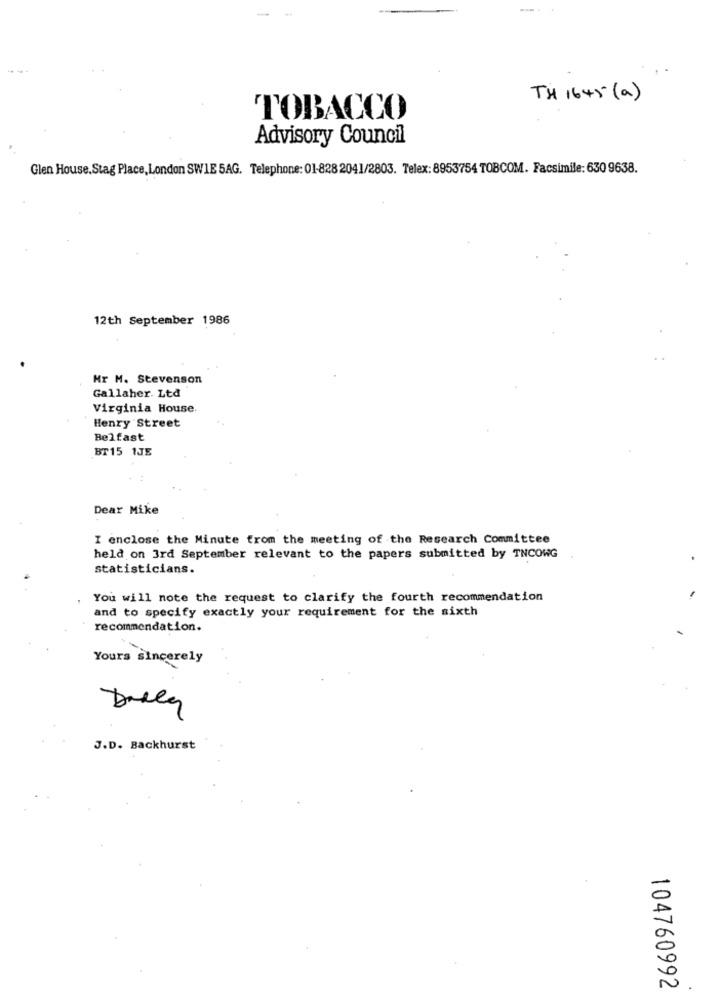
TH 1645 (a)
TOBACCO
Advisory Council
Glen House.Stag Place, London SWIE 5AG. Telephone: 01-828 2041/2803. Telex: 8953754 TOBCOM. Facsimile: 630 9638.
12th September 1986
Hr M. Stevenson
Gallaher. Ltd
Virginia House.
Henry Street
Belfast
BT15 1JE
Dear Mike
I enclose the Minute from the meeting of the Research Committee
held on 3rd September relevant to the papers submitted by TNCOWG
statisticians.
You will note the request to clarify the fourth recommendation
and to specify exactly your requirement for the sixth
recommendation.
Yours sincerely
Daly
J.D. Backhurst
104760992